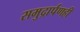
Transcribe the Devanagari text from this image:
समुद्रार्पणही